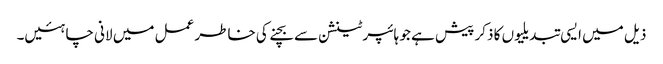
ذیل میں ایسی تبدیلیوں کا ذکر پیش ہے جو ہائپرٹینشن سے بچنے کی خاطر عمل میں لانی چاہئیں۔